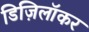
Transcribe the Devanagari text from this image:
डिज़िलॉकर